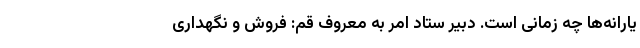
یارانه‌ها چه زمانی است. دبیر ستاد امر به معروف قم: فروش و نگهداری